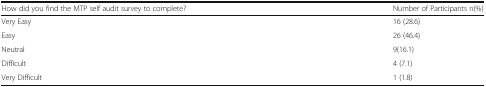
<table><thead><tr><td><b>How did you find the MTP self audit survey to complete?</b></td><td><b>Number of Participants n(%)</b></td></tr></thead><tbody><tr><td>Very Easy</td><td>16 (28.6)</td></tr><tr><td>Easy</td><td>26 (46.4)</td></tr><tr><td>Neutral</td><td>9(16.1)</td></tr><tr><td>Difficult</td><td>4 (7.1)</td></tr><tr><td>Very Difficult</td><td>1 (1.8)</td></tr></tbody></table>